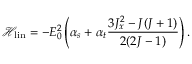
\mathcal { H _ { \mathrm { { l i n } } } } = - E _ { 0 } ^ { 2 } \left( \alpha _ { s } + \alpha _ { t } \frac { 3 J _ { x } ^ { 2 } - J ( J + 1 ) } { 2 ( 2 J - 1 ) } \right) .